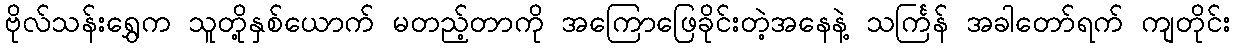
ဗိုလ်သန်းရွှေက သူတို့နှစ်ယောက် မတည့်တာကို အကြောဖြေခိုင်းတဲ့အနေနဲ့ သင်္ကြန် အခါတော်ရက် ကျတိုင်း